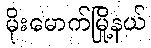
မိုးမောက်မြို့နယ်